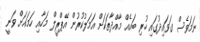
ނަމަވެސް ގަވައިދުގައި ހުރި ބައެއް މާއްދާތަކަށް އަމަލުކުރުން އޭޕްރީލް މަހާއި ހަމައަށް ވަނީ